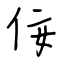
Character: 佞